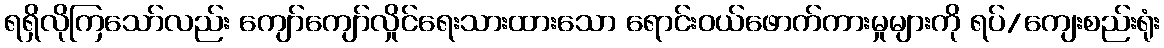
ရရှိလိုကြသော်လည်း ကျော်ကျော်လှိုင်ရေးသားထားသော ရောင်းဝယ်ဖောက်ကားမှုများကို ရပ်/ကျေးစည်းရုံး